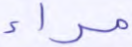
مراء